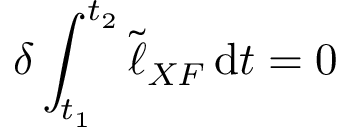
\delta \int _ { t _ { 1 } } ^ { t _ { 2 } } \tilde { \ell } _ { X F } \, \mathrm { d } t = 0